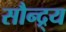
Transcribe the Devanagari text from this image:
सौन्द्र्य